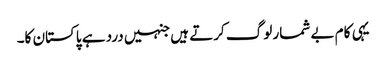
یہی کام بے شمار لوگ کرتے ہیں جنہیں درد ہے پاکستان کا۔